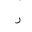
Letter: _ra